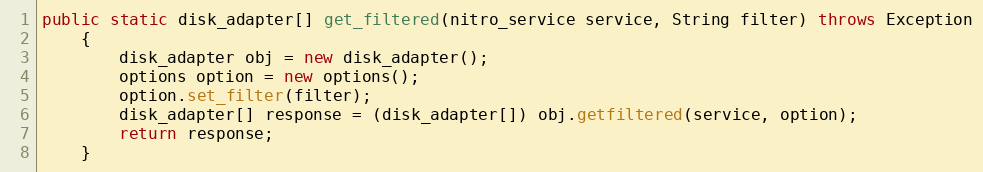
Language: Java
public static disk_adapter[] get_filtered(nitro_service service, String filter) throws Exception
	{
		disk_adapter obj = new disk_adapter();
		options option = new options();
		option.set_filter(filter);
		disk_adapter[] response = (disk_adapter[]) obj.getfiltered(service, option);
		return response;
	}